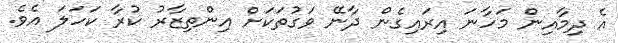
އެ ދިމާއިން މަހާނަ އިރައިގެން ދާނޭ ވަގުތަކަށް އިންތިޒާރު ކުރާ ކަހަލަ އެވެ.